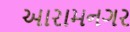
આરામનગર